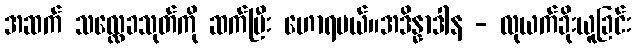
အဆက် သလ္လေခသုတ်ကို ဆက်ပြီး ဟောရမယ်။အဒိန္နာဒါန - လုယက်ခိုးယူခြင်း